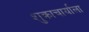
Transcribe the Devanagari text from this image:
शुक्राचार्याला